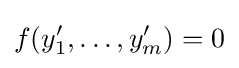
f(y_{1}',\ldots ,y_{m}')=0